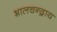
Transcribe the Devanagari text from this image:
भालचन्द्राय